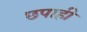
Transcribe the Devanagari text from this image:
छपाही